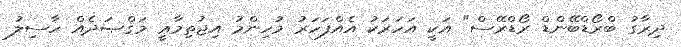
ދިރާގު ބްރޯޑްބޭންޑް ރޯޑްރޭސް" އަކީ އަހަރަކު އެއްފަހަރު މުހިންމު އިޖުތިމާޢީ މަޤްޞަދެއް ހާސިލު